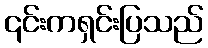
၎င်းကရှင်းပြသည်